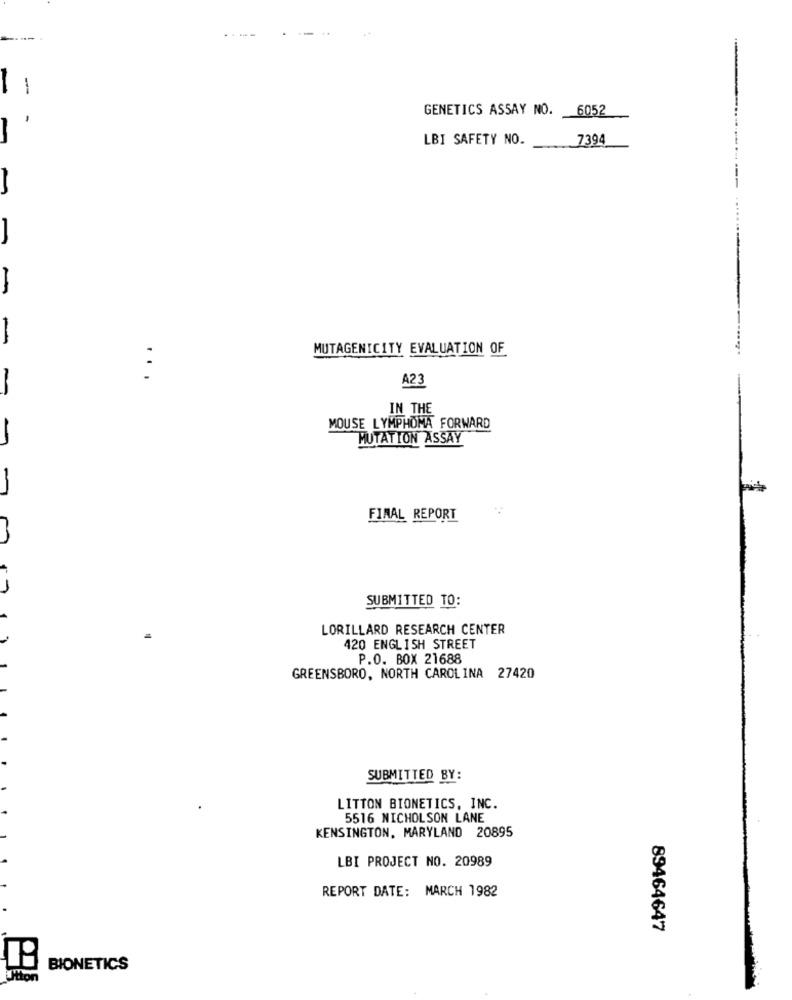
----
-
GENETICS ASSAY NO. 6052
LBI SAFETY NO.
7394
-
MUTAGENICITY EVALUATION OF
:
A23
-
IN THE
MOUSE LYMPHOMA FORWARD
MUTATION ASSAY
FINAL REPORT
SUBMITTED TO:
LORILLARD RESEARCH CENTER
420 ENGLISH STREET
P.O. BOX 21688
GREENSBORO, NORTH CAROLINA 27420
SUBMITTED BY:
LITTON BIONETICS, INC.
5516 NICHOLSON LANE
KENSINGTON, MARYLAND 20895
LBI PROJECT NO. 20989
REPORT DATE: MARCH 1982
89464647
BIONETICS
tton